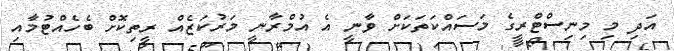
އަދި މި މިނިސްޓްރީގެ މަސައްކަތަކަށް ވާނީ އެ އުމްރާނީ މަރުކަޒެއް ރީތިކޮށް ބެހެއްޓުމާއި